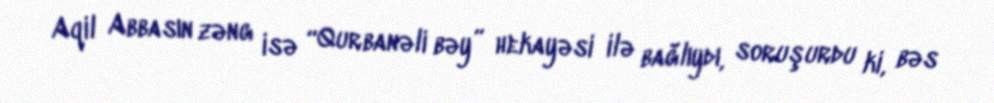
Aqil Abbasın zəng isə “Qurbanəli bəy” hekayəsi ilə bağlıydı, soruşurdu ki, bəs